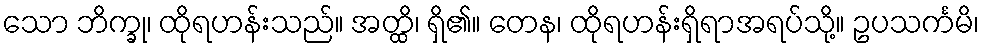
သော ဘိက္ခု၊ ထိုရဟန်းသည်။ အတ္ထိ၊ ရှိ၏။ တေန၊ ထိုရဟန်းရှိရာအရပ်သို့။ ဥပသင်္ကမိ၊